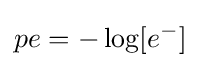
pe=-\log[e^{-}]